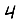
Digit: 4